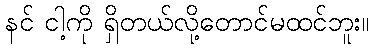
နင် ငါ့ကို ရှိတယ်လို့တောင်မထင်ဘူး။